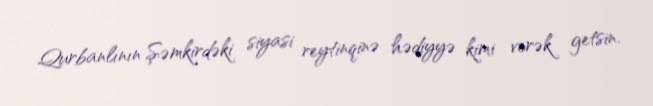
Qurbanlının Şəmkirdəki siyasi reytinqinə hədiyyə kimi verək getsin.